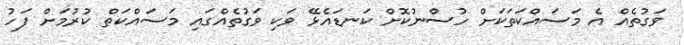
ވަގުތެއް އެ މަސައްކަތަކަށް ހުސްނުކޮށް ކަނޑައެޅޭ ވަކި ވަގުތެއްގައި މަސައްކަތް ކުރުމަށް ފަހު